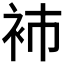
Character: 𧘟